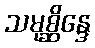
သမုစ္ဆိန္ဒေ